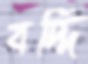
বদ্দি